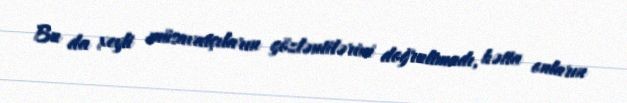
Bu da xeyli müsavatçıların gözləntilərini doğrultmadı, hətta onların